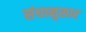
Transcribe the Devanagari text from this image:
संघानुसार